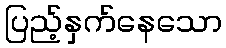
ပြည့်နှက်နေသော